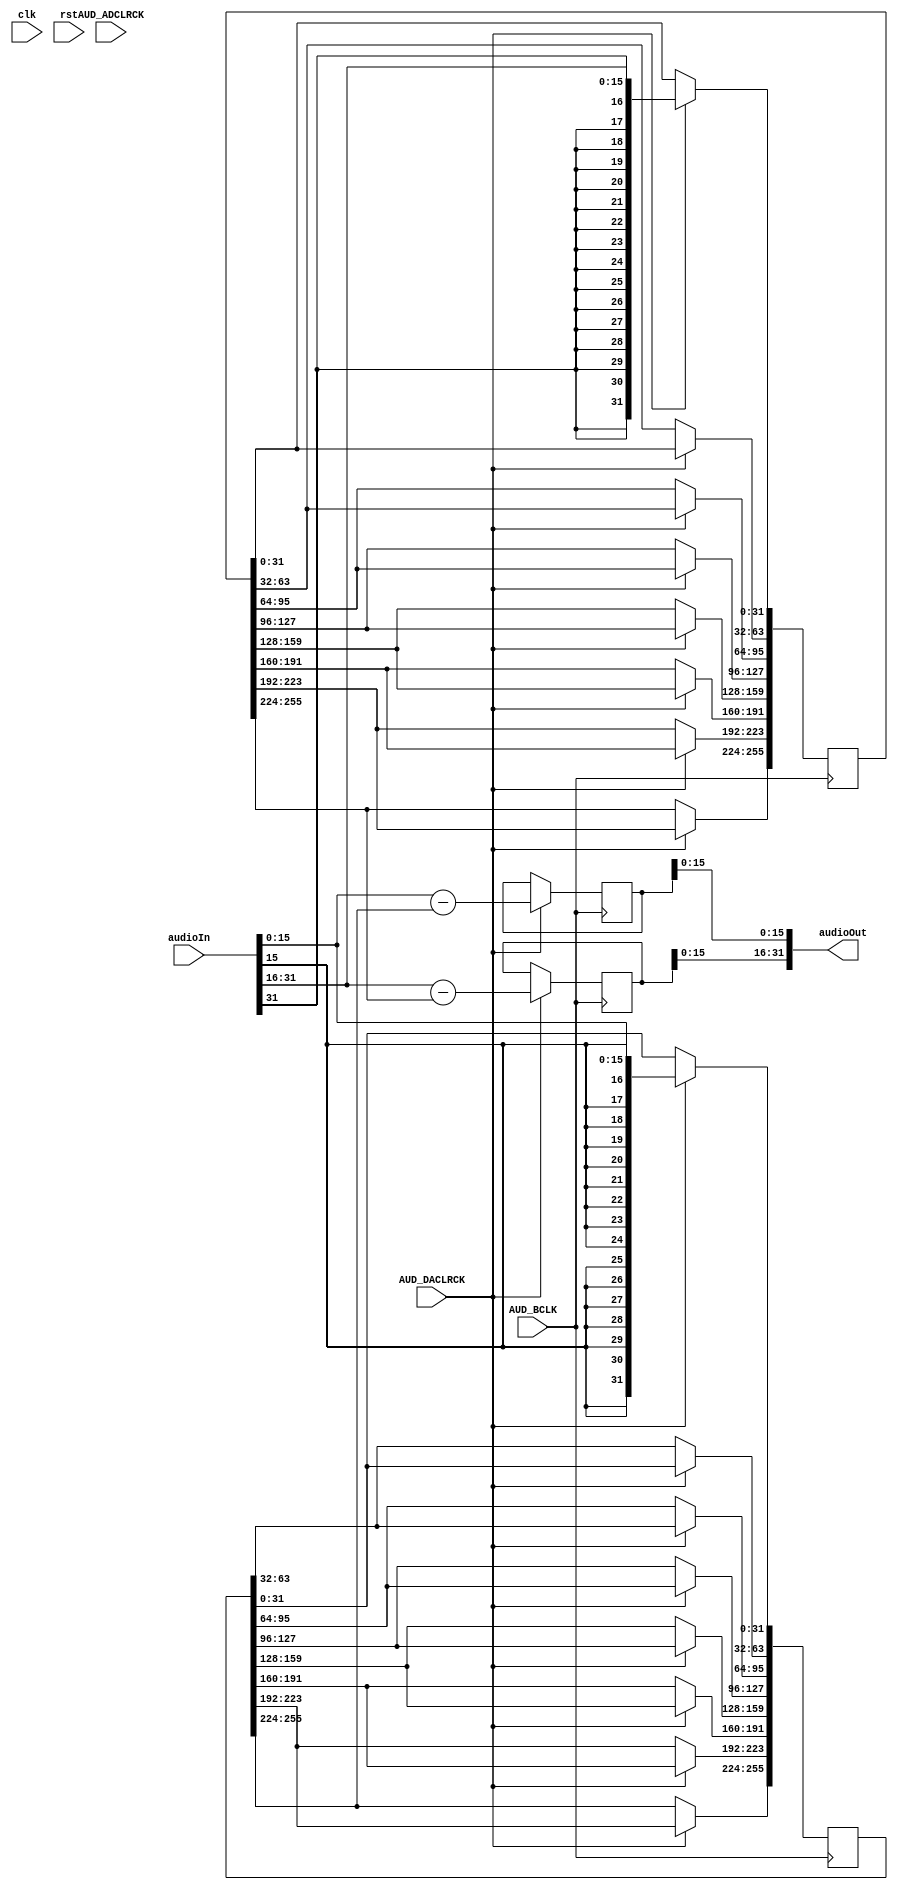
module COMB(
input clk,
input rst,
input AUD_BCLK,
input AUD_DACLRCK,
input AUD_ADCLRCK,
input [31:0]audioIn,

output reg [31:0]audioOut
);


reg [31:0]lastAudioIn;

wire signed [31:0]leftAudio = { {16{audioIn[31]}}, audioIn[31:16]};
reg signed [256:0]delayedLeft;
reg signed [31:0]filtLeft;

wire signed [31:0]rightAudio = { {16{audioIn[15]}}, audioIn[15:0]};
reg signed [256:0]delayedRight;
reg signed [31:0]filtRight;

always @(*)
begin
	audioOut[31:16] = filtLeft[15:0];
	audioOut[15:0] =  filtRight[15:0];
end


always @(posedge AUD_BCLK)
begin
	if (AUD_DACLRCK == 1)
		begin
			delayedLeft[255:224] <= delayedLeft[223:192]; // x(n-7)
			delayedRight[255:224] <= delayedRight[223:192];
			
			delayedLeft[223:192] <= delayedLeft[191:160]; // x(n-6)
			delayedRight[223:192] <= delayedRight[191:160];
			
			delayedLeft[191:160] <= delayedLeft[159:128]; // x(n-5)
			delayedRight[191:160] <= delayedRight[159:128];
			
			delayedLeft[159:128] <= delayedLeft[127:96]; // x(n-4)
			delayedRight[159:128] <= delayedRight[127:96];
			
			delayedLeft[127:96] <= delayedLeft[95:64]; // x(n-3)
			delayedRight[127:96] <= delayedRight[95:64];
			
			delayedLeft[95:64] <= delayedLeft[63:32]; // x(n-2)
			delayedRight[95:64] <= delayedRight[63:32];
			
			delayedLeft[63:32] <= delayedLeft[31:0]; // x(n-1)
			delayedRight[63:32] <= delayedRight[31:0];
			
			delayedLeft[31:0] <= leftAudio; // x(n)
			delayedRight[31:0] <= rightAudio;
		end
end


always @(posedge AUD_BCLK)
begin
	if (AUD_DACLRCK == 1)
		begin
			filtLeft <= ($signed(leftAudio) - $signed(delayedLeft[255:224]));			
			filtRight <= ($signed(rightAudio) - $signed(delayedRight[255:224]));
		end
end

endmodule